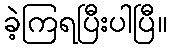
ခဲ့ကြရပြီးပါပြီ။